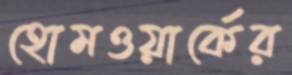
হোমওয়ার্কের